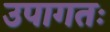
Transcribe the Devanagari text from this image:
उपागतः